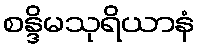
စန္ဒိမသုရိယာနံ